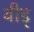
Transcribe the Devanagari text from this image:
बीड्